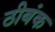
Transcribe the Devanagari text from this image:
ठीबंक